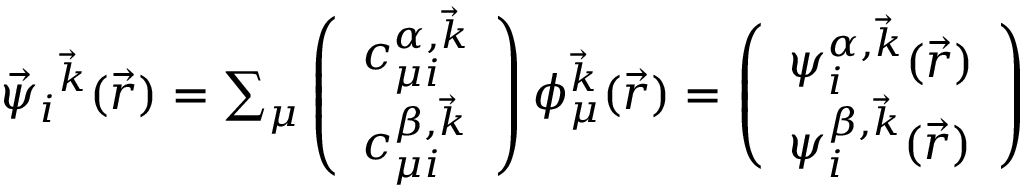
\begin{array} { r } { \vec { \psi } _ { i } { ^ { \vec { k } } } ( \vec { r } ) = \sum _ { \mu } \left( \begin{array} { l } { c _ { \mu i } ^ { \alpha , \vec { k } } } \\ { c _ { \mu i } ^ { \beta , \vec { k } } } \end{array} \right) \phi _ { \mu } ^ { \vec { k } } ( \vec { r } ) = \left( \begin{array} { l } { \psi _ { i } ^ { \alpha , \vec { k } } ( \vec { r } ) } \\ { \psi _ { i } ^ { \beta , \vec { k } } ( \vec { r } ) } \end{array} \right) } \end{array}